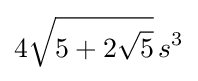
4{\sqrt {5+2{\sqrt {5}}}}\,s^{3}